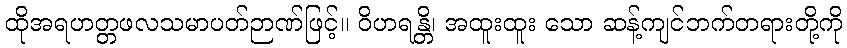
ထိုအရဟတ္တဖလသမာပတ်ဉာဏ်ဖြင့်။ ဝိဟရန္တိ၊ အထူးထူး သော ဆန့်ကျင်ဘက်တရားတို့ကို